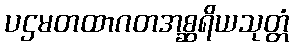
ပဌမတထာဂတအစ္ဆရိယသုတ္တံ